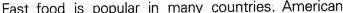
Fast food is popular in many countries. American